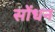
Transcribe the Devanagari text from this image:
सोंधन